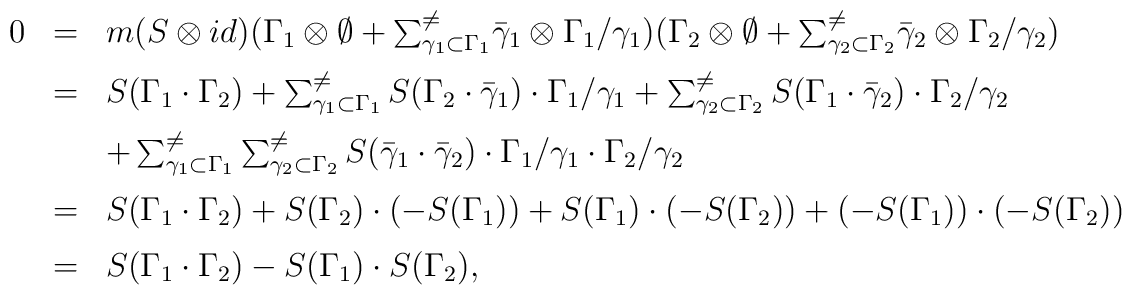
\begin{array}{lll}0&=&m(S\otimes id)(\Gamma_1\otimes\emptyset+{\sum^{\neq}_{\gamma_1\subset\Gamma_1}}\bar{\gamma}_1\otimes\Gamma_1/\gamma_1)(\Gamma_2\otimes\emptyset+{\sum^{\neq}_{\gamma_2\subset\Gamma_2}}\bar{\gamma}_2\otimes\Gamma_2/\gamma_2)\medskip\\&=&S(\Gamma_1\cdot\Gamma_2)+\sum^{\neq}_{\gamma_1\subset\Gamma_1}S(\Gamma_2\cdot\bar{\gamma}_1)\cdot\Gamma_1/\gamma_1+\sum^{\neq}_{\gamma_2\subset\Gamma_2}S(\Gamma_1\cdot\bar{\gamma}_2)\cdot\Gamma_2/\gamma_2\medskip\\&&+\sum^{\neq}_{\gamma_1\subset\Gamma_1}\sum^{\neq}_{\gamma_2\subset\Gamma_2}S(\bar{\gamma}_1\cdot\bar{\gamma}_2)\cdot\Gamma_1/\gamma_1\cdot\Gamma_2/\gamma_2\medskip\\&=&S(\Gamma_1\cdot\Gamma_2)+S(\Gamma_2)\cdot(-S(\Gamma_1))+S(\Gamma_1)\cdot(-S(\Gamma_2))+(-S(\Gamma_1))\cdot(-S(\Gamma_2))\medskip\\&=&S(\Gamma_1\cdot\Gamma_2)-S(\Gamma_1)\cdot S(\Gamma_2),\end{array}